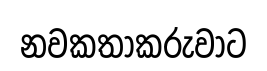
නවකතාකරුවාට